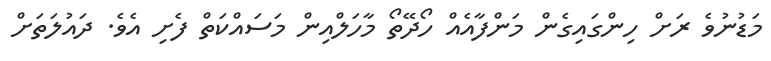
މަޑުނުވެ ރަށް ހިންގައިގެން މަންފާއެއް ހޯދޭތޯ މާހަލްއިން މަސައްކަތް ފެށި އެވެ. ދައުލަތަށް